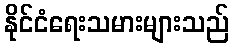
နိုင်ငံရေးသမားများသည်